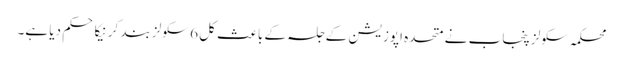
محکمہ سکولز پنجاب نے متحدہ اپوزیشن کے جلسہ کے باعث کل 6 سکولز بند کرنیکا حکم دیا ہے۔